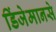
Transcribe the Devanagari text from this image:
डिंजेमानसे